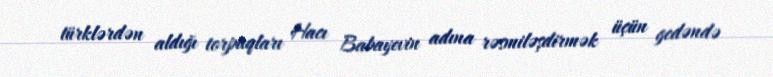
türklərdən aldığı torpaqları Hacı Babayevin adına rəsmiləşdirmək üçün gedəndə